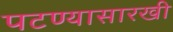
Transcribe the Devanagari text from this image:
पटण्यासारखी